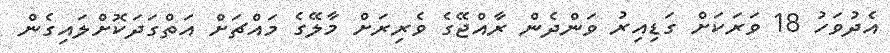
އެދުވަހު 18 ވަރަކަށް ގަޑިއިރު ވަންދެން ރާއްޖޭގެ ވެރިރަށް މާލޭގެ މައްޗަށް އަތްގަދަކޮށްލައިގެން